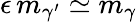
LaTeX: \epsilon\, m_{\gamma^{\prime}}\simeq m_{\gamma}